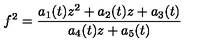
f ^ { 2 } = \frac { a _ { 1 } ( t ) z ^ { 2 } + a _ { 2 } ( t ) z + a _ { 3 } ( t ) } { a _ { 4 } ( t ) z + a _ { 5 } ( t ) }